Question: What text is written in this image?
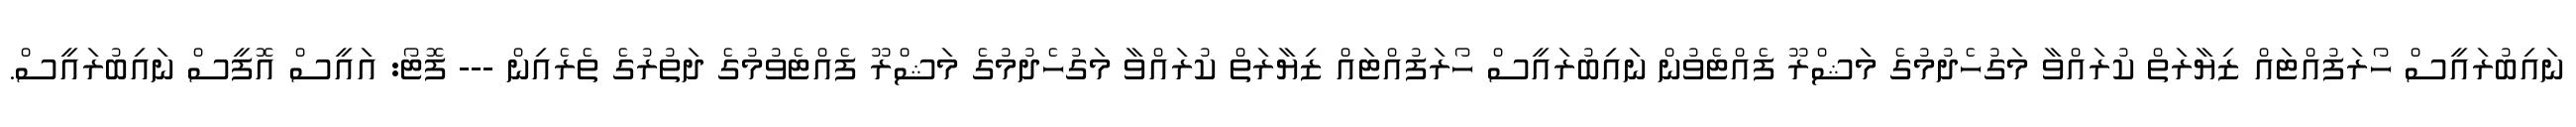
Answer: ނައިބުރައީސް ހޯރަފުއްޓައް ޒިޔާރަތް ކުރައްވާ މަގުހެދުމުގެ މަޝްރޫ ފެއްޓެވުން ނައިބުރައީސް ހޯރަފުއްޓައް ޒިޔާރަތް ކުރައްވާ މަގުހެދުމުގެ މަޝްރޫ ފެއްޓެވުމުގެ ދަތުރުގެ ތެރެއިން --- ފޮޓޯ: އައީސް އޮފީސް ނައިބުރައީސް.